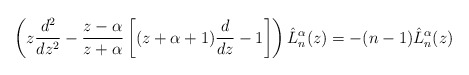
\begin{align*}\left(z\frac{d^2}{dz^2}-\frac{z-\alpha}{z+\alpha}\left[(z+\alpha+1)\frac{d}{dz}-1\right]\right)\hat{L}_n^{\alpha}(z)=-(n-1)\hat{L}_n^{\alpha}(z)\end{align*}